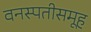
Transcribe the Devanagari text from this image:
वनस्पतीसमूह